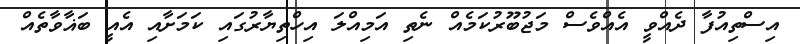
އިސްތިއުފާ ދެއްވީ އެއްވެސް މަޖުބޫރުކަމެއް ނެތި އަމިއްލަ އިހްތިޔާރުގައި ކަމަށާއި އެއީ ބަޣާވާތެއް